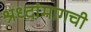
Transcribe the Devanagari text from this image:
श्रध्दांमागची